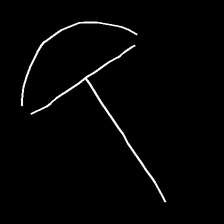
Glyph: dispersion